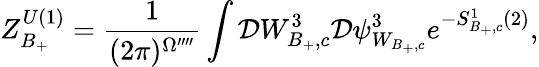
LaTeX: Z_{B_{+}}^{U(1)}=\frac{1}{(2\pi)^{\Omega^{\prime\prime\prime\prime}}}\int{\cal D}W_{B_{+},c}^{3}{\cal D}\psi_{W_{B_{+},c}}^{3}e^{-S_{B_{+},c}^{1}(2)},